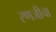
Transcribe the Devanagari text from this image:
रणजीचा